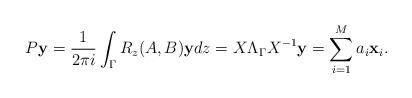
LaTeX: \begin{align*}P{\bf y}= \dfrac{1}{2 \pi i} \int_{\Gamma} R_z(A, B) {\bf y} dz=X\Lambda_{\Gamma}X^{-1}{\bf y}=\sum_{i=1}^M a_i \textbf{x}_i .\end{align*}